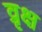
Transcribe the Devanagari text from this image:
व्रृक्ष